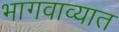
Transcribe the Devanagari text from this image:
भागवाव्यात